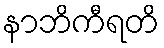
နာဘိကီရတိ